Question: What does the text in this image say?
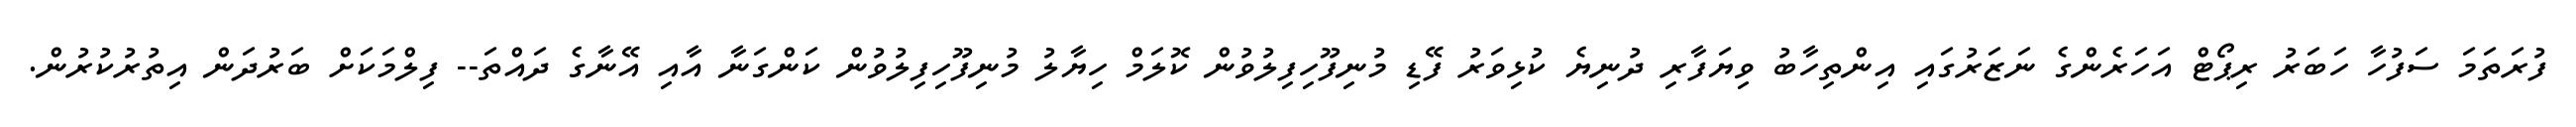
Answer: ފުރަތަމަ ސަފުހާ ހަބަރު ރިޕޯޓް އަހަރެންގެ ނަޒަރުގައި އިންތިހާބު ވިޔަފާރި ދުނިޔެ ކުޅިވަރު ފޭޑި މުނިފޫހިފިލުވުން ކޮލަމް ހިޔާލު މުނިފޫހިފިލުވުން ކަންގަނާ އާއި އޭނާގެ ދައްތަ-- ފިލްމަކަށް ބަރުދަން އިތުރުކުރުން.